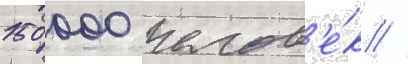
150 000 челов'е́к //